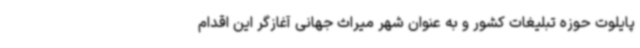
پایلوت حوزه تبلیغات کشور و به عنوان شهر میراث جهانی آغازگر این اقدام